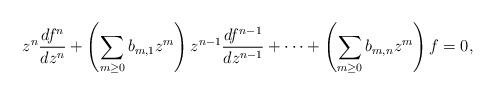
LaTeX: \begin{align*} z^n\frac{df^n}{dz^n} + \left(\sum_{m \geq 0} b_{m,1}z^m\right)z^{n-1}\frac{df^{n-1}}{dz^{n-1}} + \cdots +\left(\sum_{m \geq 0} b_{m,n}z^m\right)f = 0,\end{align*}